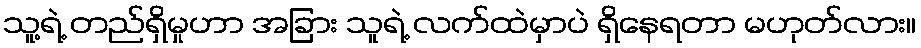
သူ့ရဲ့ တည်ရှိမှုဟာ အခြား သူရဲ့ လက်ထဲမှာပဲ ရှိနေရတာ မဟုတ်လား။